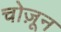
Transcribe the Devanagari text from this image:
चोज़ून